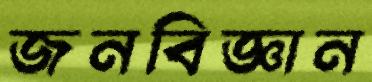
জনবিজ্ঞান